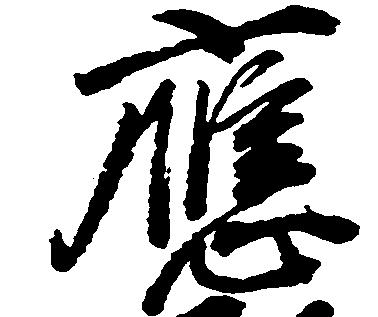
応